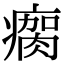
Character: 瘸